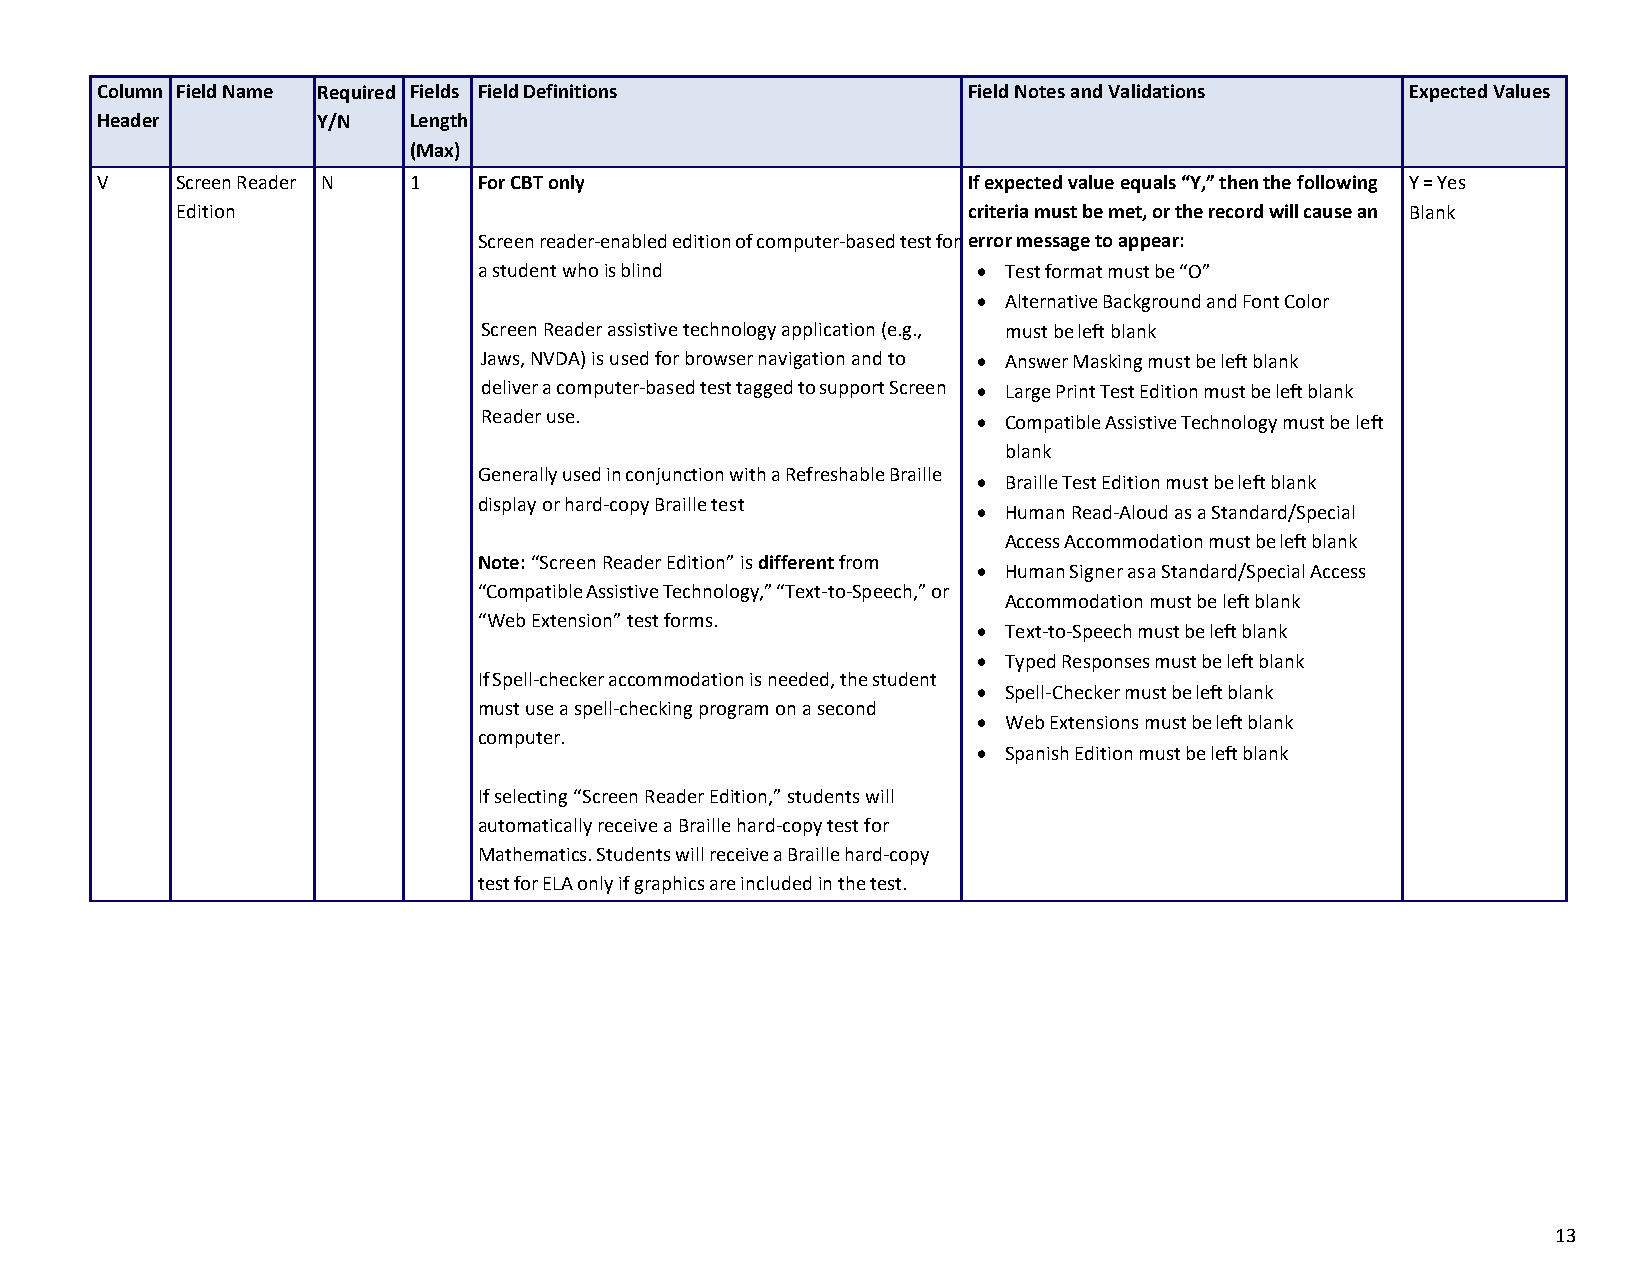
Column Field Name Required Fields Field Definitions       Field Notes and Validations  Expected Values
 Header         Y/N   Length
 (Max)
 V     Screen Reader N 1   For CBT only                    If expected value equals “Y,” then the following Y = Yes
 Edition                                             criteria must be met, or the record will cause an Blank
 Screen reader-enabled edition of computer-based test for error message to appear:
 a student who is blind           • Test format must be “O”
 • Alternative Background and Font Color
 Screen Reader assistive technology application (e.g., must be left blank
 Jaws, NVDA) is used for browser navigation and to • Answer Masking must be left blank
 deliver a computer-based test tagged to support Screen • Large Print Test Edition must be left blank
 Reader use.                      • Compatible Assistive Technology must be left
 blank
 Generally used in conjunction with a Refreshable Braille
 • Braille Test Edition must be left blank
 display or hard-copy Braille test
 • Human Read-Aloud as a Standard/Special
 Access Accommodation must be left blank
 Note: “Screen Reader Edition” is different from
 • Human Signer as a Standard/Special Access
 “Compatible Assistive Technology,” “Text-to-Speech,” or
 Accommodation must be left blank
 “Web Extension” test forms.
 • Text-to-Speech must be left blank
 • Typed Responses must be left blank
 If Spell-checker accommodation is needed, the student
 • Spell-Checker must be left blank
 must use a spell-checking program on a second
 • Web Extensions must be left blank
 computer.
 • Spanish Edition must be left blank
 If selecting “Screen Reader Edition,” students will
 automatically receive a Braille hard-copy test for
 Mathematics. Students will receive a Braille hard-copy
 test for ELA only if graphics are included in the test.
 13